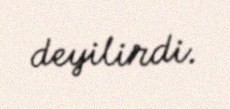
deyilirdi.